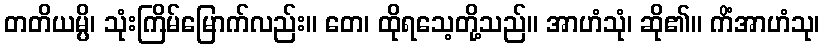
တတိယမ္ပိ၊ သုံးကြိမ်မြောက်လည်း။ တေ၊ ထိုရသေ့တို့သည်။ အာဟံသုံ၊ ဆို၏။ ကိံအာဟံသု၊